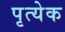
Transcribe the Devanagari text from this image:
पृत्येक